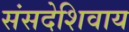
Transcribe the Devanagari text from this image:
संसदेशिवाय